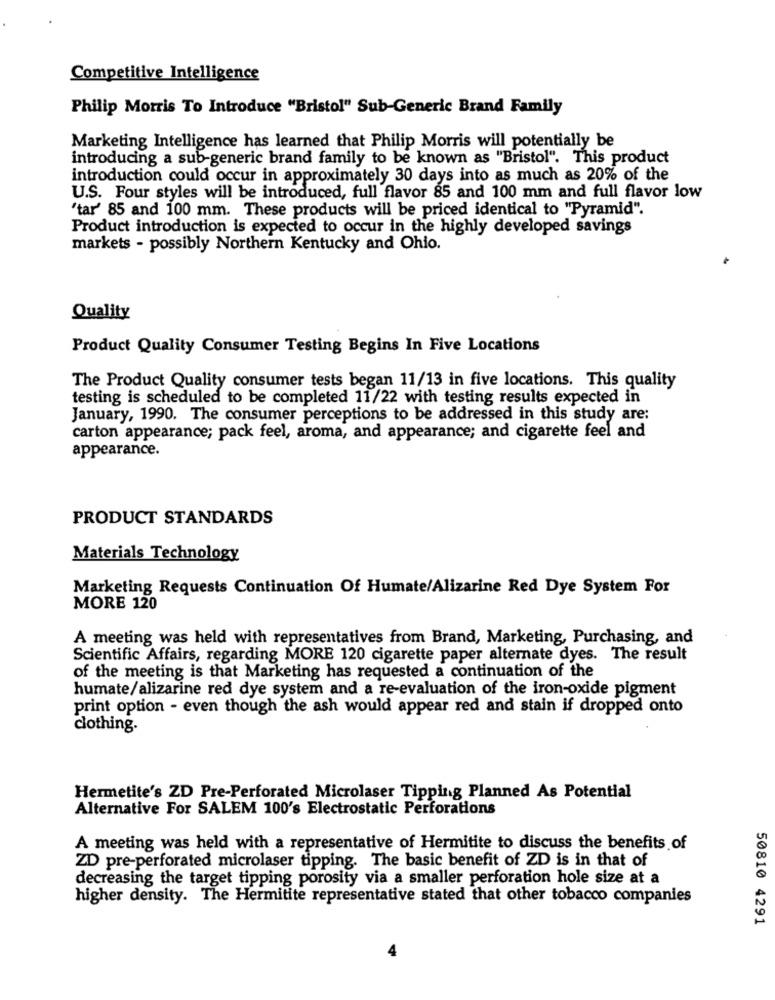
Competitive Intelligence
Philip Morris To Introduce "Bristol" Sub-Generic Brand Family
Marketing Intelligence has learned that Philip Morris will potentially be
introducing a sub-generic brand family to be known as "Bristol". This product
introduction could occur in approximately 30 days into as much as 20% of the
U.S. Four styles will be introduced, full flavor 85 and 100 mm and full flavor low
'tar' 85 and 100 mm. These products will be priced identical to "Pyramid".
Product introduction is expected to occur in the highly developed savings
markets - possibly Northern Kentucky and Ohio.
Quality
Product Quality Consumer Testing Begins In Five Locations
The Product Quality consumer tests began 11/13 in five locations. This quality
testing is scheduled to be completed 11/22 with testing results expected in
January, 1990. The consumer perceptions to be addressed in this study are:
carton appearance; pack feel, aroma, and appearance; and cigarette feel and
appearance.
PRODUCT STANDARDS
Materials Technology
Marketing Requests Continuation Of Humate/Alizarine Red Dye System For
MORE 120
A meeting was held with representatives from Brand, Marketing, Purchasing, and
Scientific Affairs, regarding MORE 120 cigarette paper alternate dyes. The result
of the meeting is that Marketing has requested a continuation of the
humate/alizarine red dye system and a re-evaluation of the iron-oxide pigment
print option - even though the ash would appear red and stain if dropped onto
clothing.
Hermetite's ZD Pre-Perforated Microlaser Tipping Planned As Potential
Alternative For SALEM 100's Electrostatic Perforations
A meeting was held with a representative of Hermitite to discuss the benefits of
ZD pre-perforated microlaser tipping. The basic benefit of ZD is in that of
decreasing the target tipping porosity via a smaller perforation hole size at a
higher density. The Hermitite representative stated that other tobacco companies
50810 4291